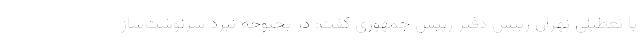
با تعطیلی تهران رییس دفتر رییس جمهوری گفت: در بحبوحه نبرد سرنوشت‌ساز